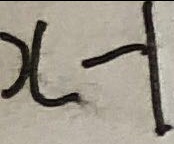
x - 1